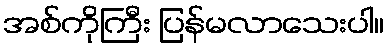
အစ်ကိုကြီး ပြန်မလာသေးပါ။